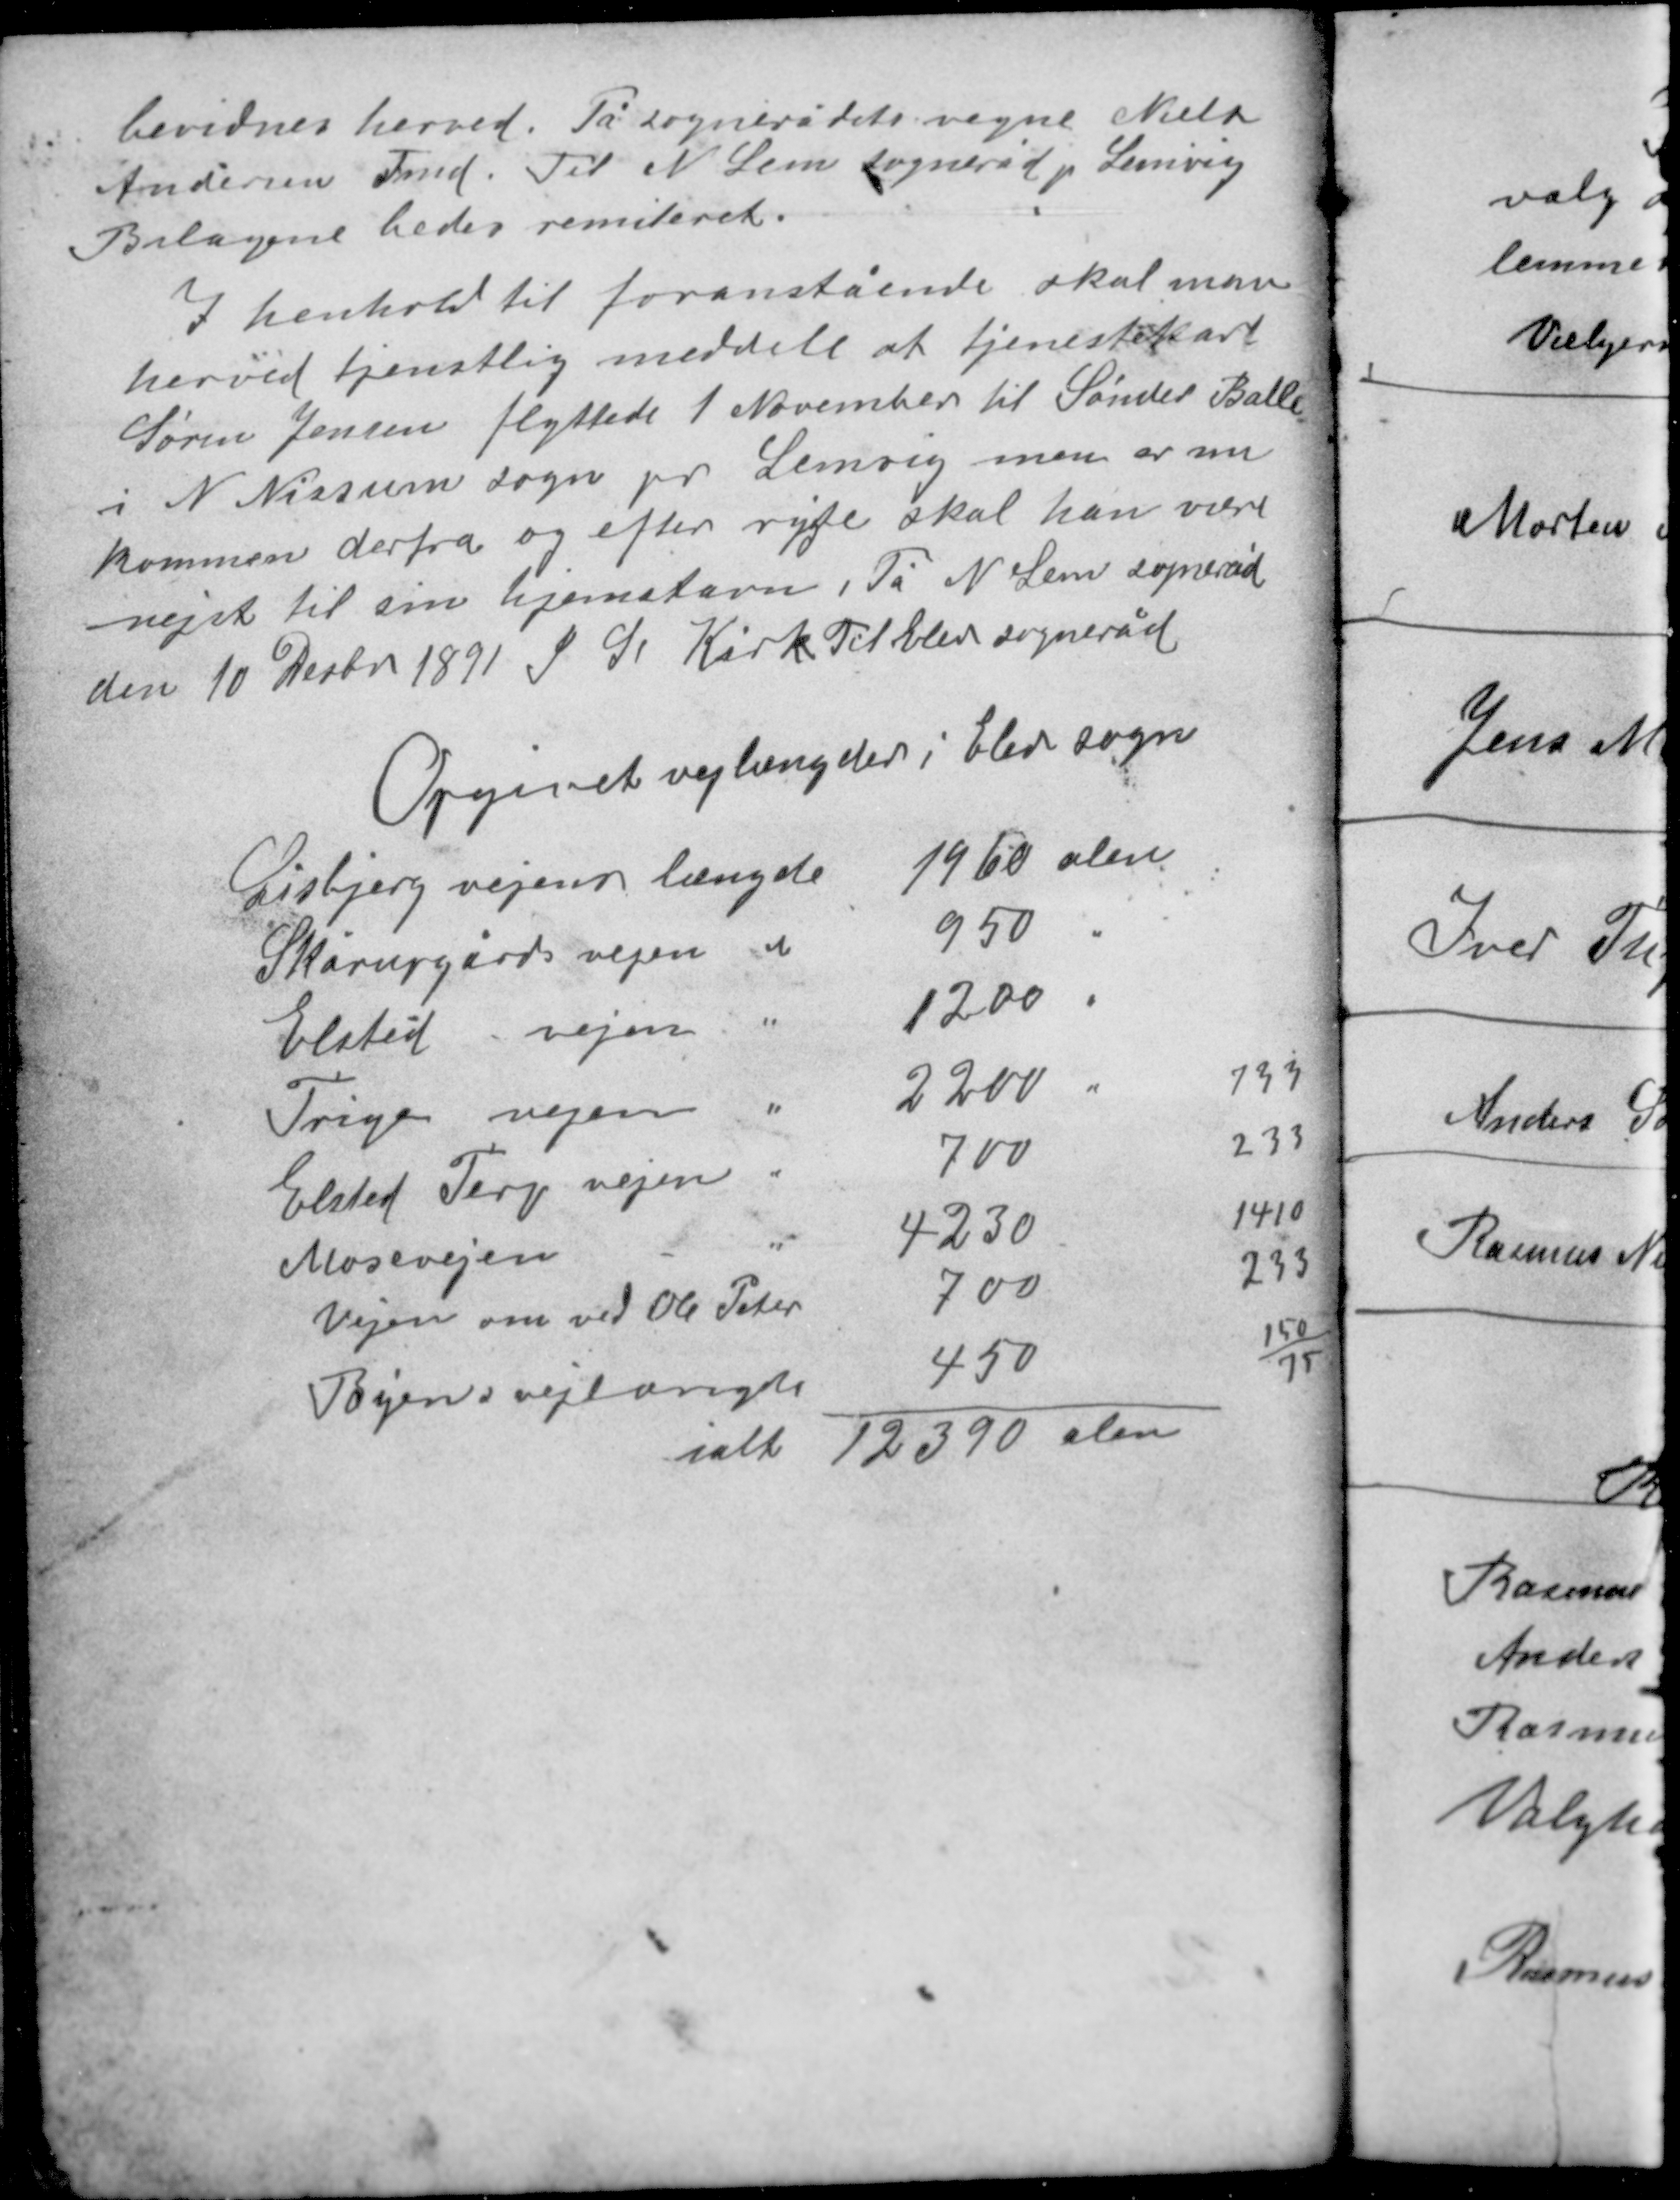
Transskription:
bevidnes herved. På sognerådets vegne Niels
Andersen Fmd. Til N Lem sogneråd pr Lemvig
Bilagene bedes remiteret.

I henhold til foranstående skal man
herved tjenstlig meddele at tjenestekarl
Søren Jensen flyttede 1 November til Sønder Balle
i N. Nissum sogn pr Lemvig men er nu
kommen derfra og efter rygte skal han være
rejst til sin hjemstavn. På N Lem sogneråd
den 10 Decbr 1891 P. Se Kirk Til Elev sogneråd

Opgivet vejlængder i Elev sogn

733
233
1410
233
150
75